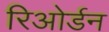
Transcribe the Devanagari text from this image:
रिओर्डन